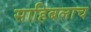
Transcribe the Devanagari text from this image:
साहिबलाच